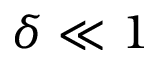
\delta \ll 1